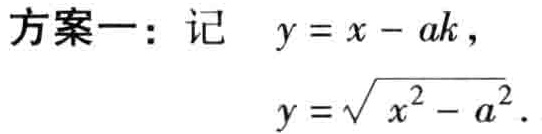
方案一：记
\(y = x - ak\)，
\(y=\sqrt{x^{2}-a^{2}}\)